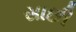
સાછી